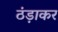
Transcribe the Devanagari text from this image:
ठंड़ाकर